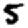
Digit: 5